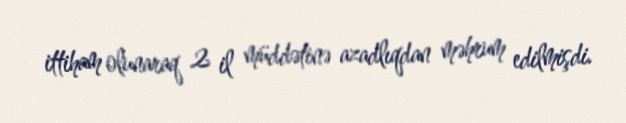
ittiham olunaraq 2 il müddətinə azadlıqdan məhrum edilmişdi.